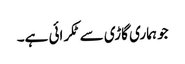
جو ہماری گاڑی سے ٹکرائی ہے۔